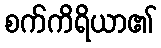
စက်ကိရိယာ၏